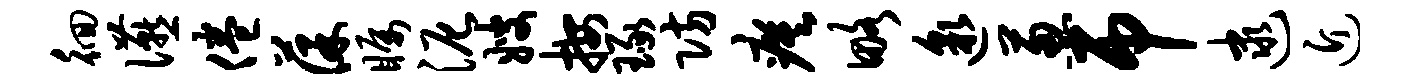
徊宴倦葆瞩泥嫂按琢防瘼略邈葱吊逮近